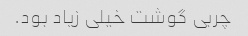
چربی گوشت خیلی زیاد بود.